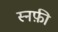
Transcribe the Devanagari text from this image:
स्नफ़ी